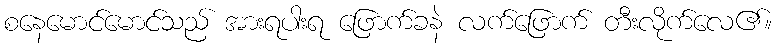
စနေမောင်မောင်သည် အားရပါးရ ဖြောက်ခနဲ လက်ဖြောက် တီးလိုက်လေ၏။